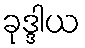
ခုဒ္ဒါယ